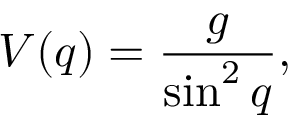
V ( q ) = \frac { g } { \sin ^ { 2 } q } ,